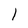
Character: 1